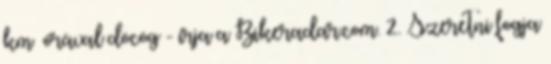
km órával döcög - írja a Bikeradar.com. 2. Szeretni fogja